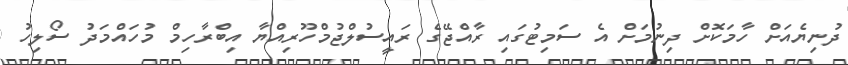
ދުނިޔެއަށް ހާމަކޮށް ދިނުމަށް އެ ސަމިޓުގައި ރާއްޖޭގެ ރައީސުލްޖުމްހޫރިއްޔާ އިބްރާހިމް މުހައްމަދު ސޯލިހު